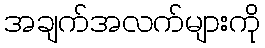
အချက်အလက်များကို